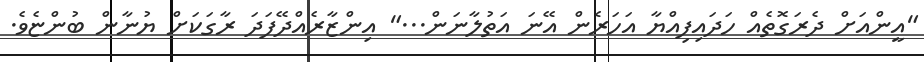
"އީންއަށް ދެރަގޮތެއް ހަދައިފިއްޔާ އަހަރެން އޭނަ އަތުލާނަން..." އިންޒާރެއްދޭފަދަ ރާގަކަށް ޔުނާން ބުންޏެވެ.